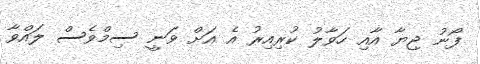
ފޯނު ޖިޔާ އާއި ހަވާލު ކުރިއިރު އެ އަށް ވަނީ ސިމްވެސް ލައްވާ